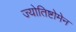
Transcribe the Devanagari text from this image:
ज्योतिष्टोमेन